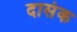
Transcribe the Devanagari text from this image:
दासंक